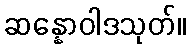
ဆန္နောဝါဒသုတ်။